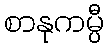
စာနုကမ္ပီ